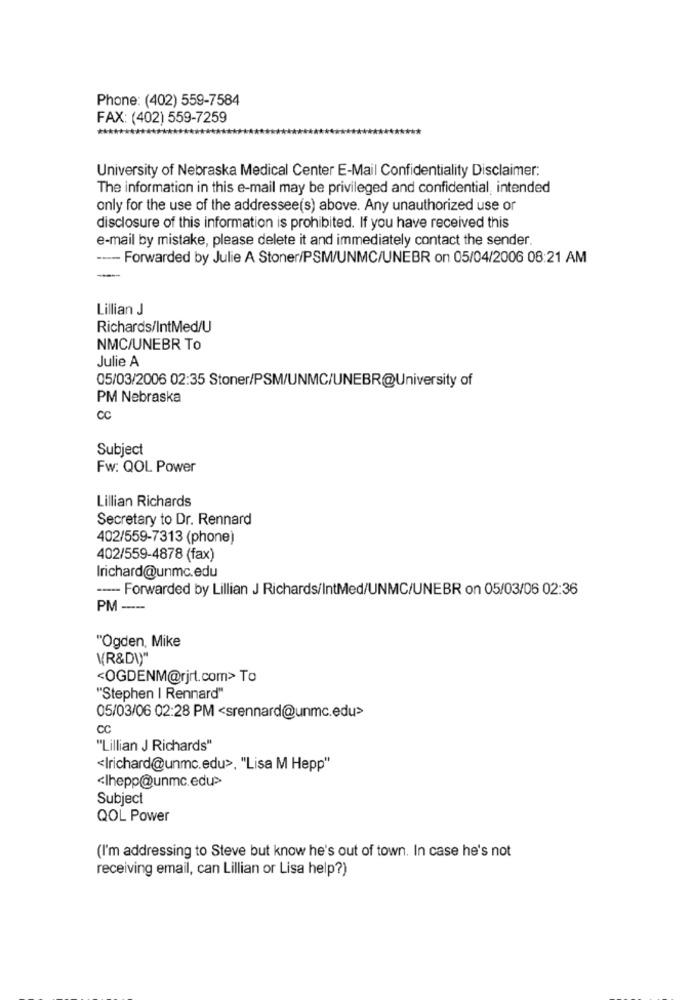
Phone: (402) 559-7584
FAX: (402) 559-7259
University of Nebraska Medical Center E-Mail Confidentiality Disclaimer:
The information in this e-mail may be privileged and confidential, intended
only for the use of the addressee(s) above. Any unauthorized use or
disclosure of this information is prohibited. If you have received this
e-mail by mistake, please delete it and immediately contact the sender.
----- Forwarded by Julie A Stoner/PSM/UNMC/UNEBR on 05/04/2006 08:21 AM
Lillian J
Richards/IntMed/U
NMC/UNEBR To
Julie A
05/03/2006 02:35 Stoner/PSM/UNMC/UNEBR@University of
PM Nebraska
CC
Subject
Fw: QOL Power
Lillian Richards
Secretary to Dr. Rennard
402/559-7313 (phone]
402/559-4878 (fax)
Irichard@unmc.edu
----- Forwarded by Lillian J Richards/IntMed/UNMC/UNEBR on 05/03/06 02:36
PM ----
"Ogden, Mike
VR&DI)"
<OGDENM@rjrt.com> To
"Stephen | Rennard"
05/03/06 02:28 PM <srennard@unmc.edu>
CC
"Lillian J Richards"
<Irichard@unmc.edu>, "Lisa M Hepp"
<lhepp@unmc.edu>
Subject
QOL Power
(I'm addressing to Steve but know he's out of town. In case he's not
receiving email, can Lillian or Lisa help?)